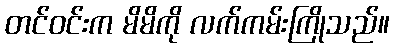
တင်ဝင်းက မိမိကို လက်ကမ်းကြိုသည်။